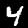
Label: 4